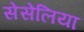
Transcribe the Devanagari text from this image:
सेसेलिया